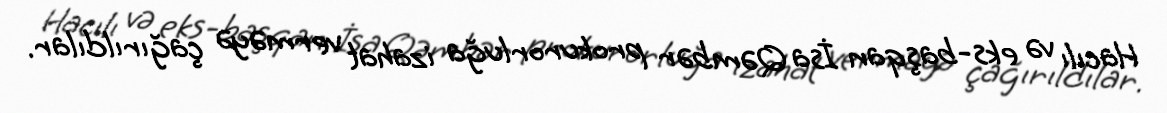
Hacılı və eks-başqan İsa Qəmbər prokurorluğa izahat verməyə çağırıldılar.